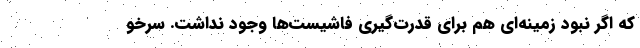
که اگر نبود زمینه‌ای هم برای قدرت‌گیری فاشیست‌ها وجود نداشت. سرخو